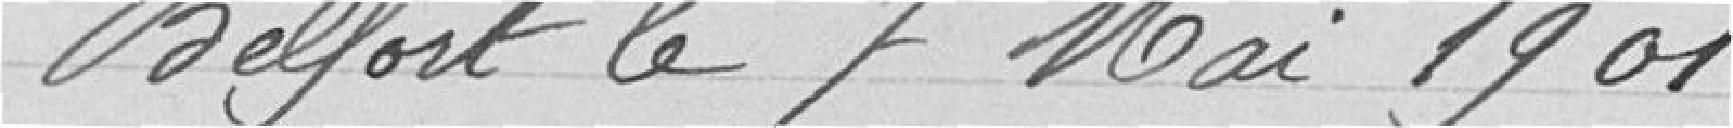
Belfort le 7 Mai 1901